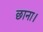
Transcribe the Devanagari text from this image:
छाना।